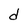
Character: d